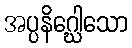
အပ္ပနိဂ္ဃေါသော